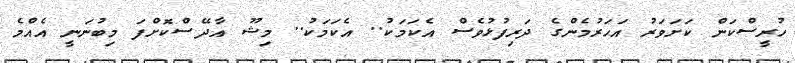
ހުރީސްކަން ކަށަވަރު އަހަރުމެންގެ ދަރިފުޅުވެސް އެކަމަކު.. އެކަމަކު.. މިޝޫ އާދޭސްކޮށްފަ މިބުނަނީ އެއްމެ